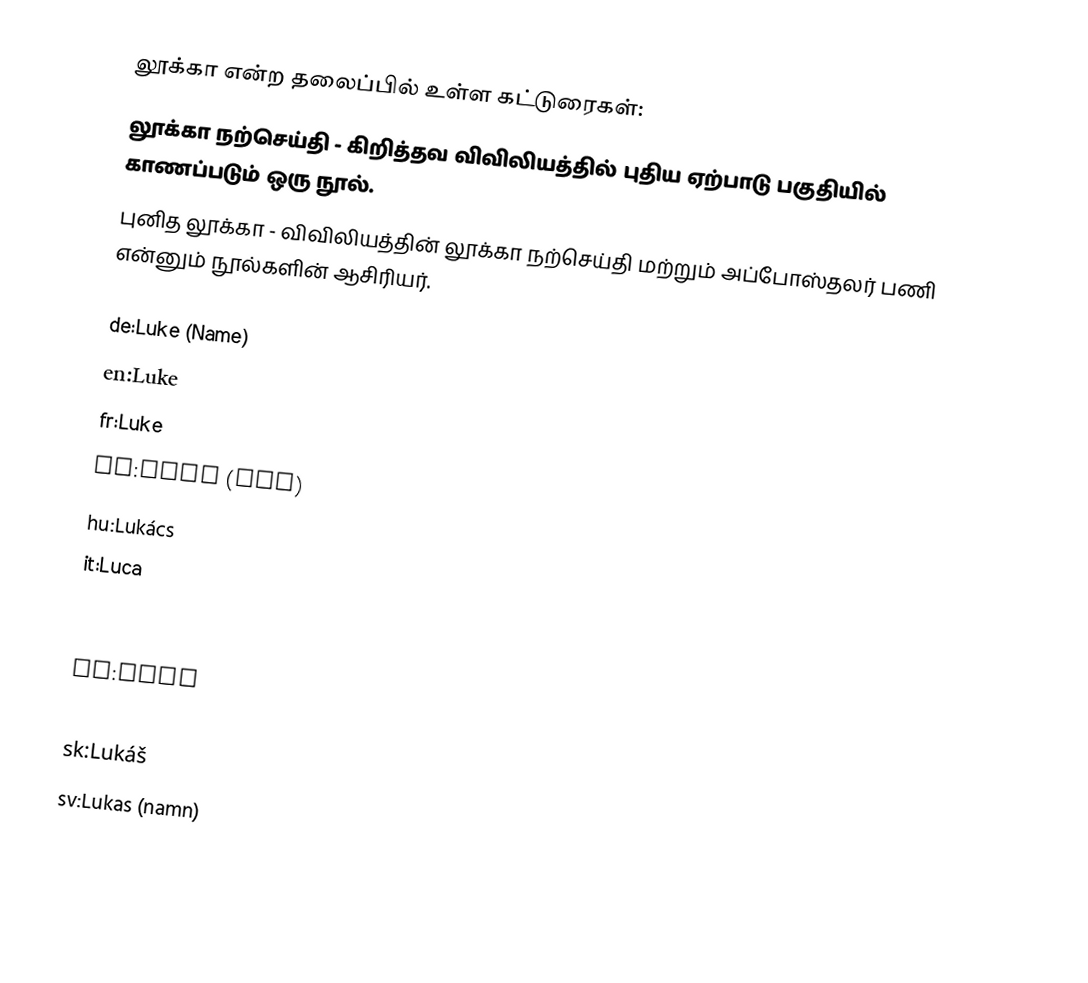
லூக்கா என்ற தலைப்பில் உள்ள கட்டுரைகள்:
லூக்கா நற்செய்தி - கிறித்தவ விவிலியத்தில் புதிய ஏற்பாடு பகுதியில் காணப்படும் ஒரு நூல்.
புனித லூக்கா - விவிலியத்தின்  லூக்கா நற்செய்தி மற்றும் அப்போஸ்தலர் பணி என்னும் நூல்களின் ஆசிரியர்.

de:Luke (Name)
en:Luke
fr:Luke
hr:Luka (ime)
hu:Lukács
it:Luca
no:Lukas
pl:Łukasz
pt:Luke
ru:Лука
sk:Lukáš
sv:Lukas (namn)